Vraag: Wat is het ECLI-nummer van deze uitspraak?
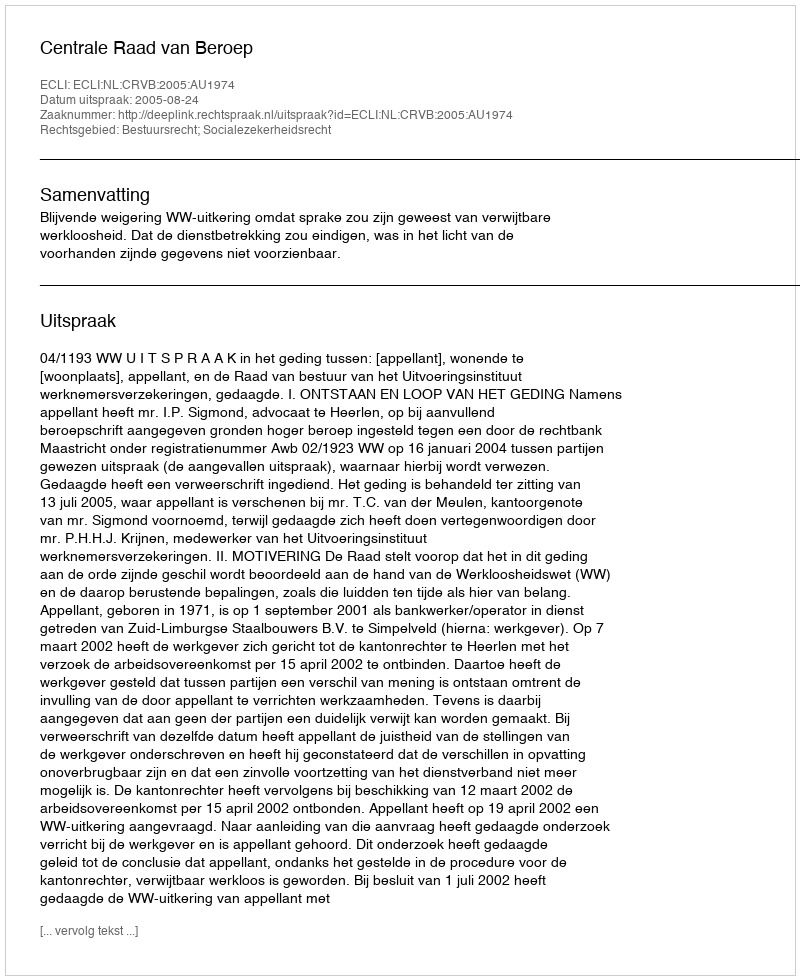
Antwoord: ECLI:NL:CRVB:2005:AU1974